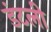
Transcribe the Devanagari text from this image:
डंटली